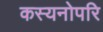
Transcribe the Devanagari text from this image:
कस्यनोपरि